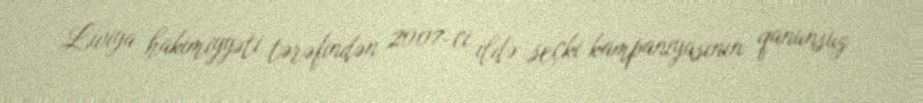
Liviya hakimiyyəti tərəfindən 2007-ci ildə seçki kampaniyasının qanunsuz